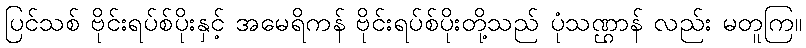
ပြင်သစ် ဗိုင်းရပ်စ်ပိုးနှင့် အမေရိကန် ဗိုင်းရပ်စ်ပိုးတို့သည် ပုံသဏ္ဌာန် လည်း မတူကြ။